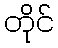
တိုင်